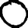
Digit: 0